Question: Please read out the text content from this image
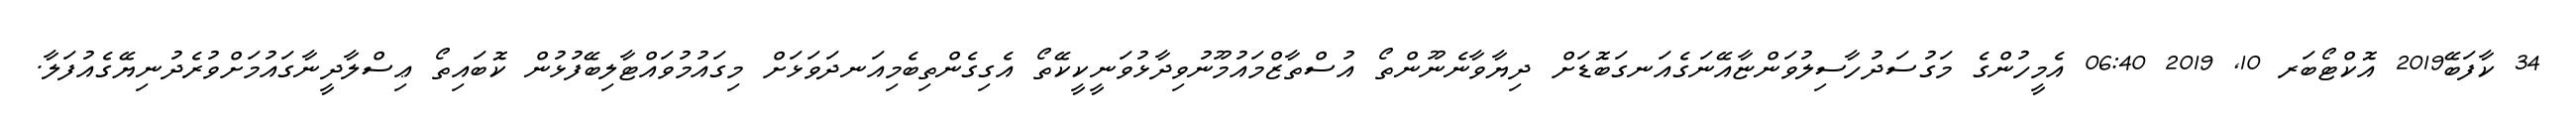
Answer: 34 ކާފަބޭ2019 އޮކްޓޯބަރ 10, 2019 06:40 އެމީހުންގެ މަގުސަދުހާސިލުވަންޏާއޭނަގެއަނގަބޮޑަށް ދިޔާވާނެނޫންތޯ އުސްތާޒްމައުމޫނުވިދާޅުވަނީކީކޭތޯ އެގިގެންތިބެމިއަނދަވަޅަށް މިގައުމުވައްޓާލިބޭފުޅުން ކޮބައިތޯ ޢިސްލާދީނާގައުމަށްވުރެދުނިޔޭގެއުފަލާ.